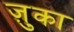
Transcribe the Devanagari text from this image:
ज़ुका